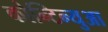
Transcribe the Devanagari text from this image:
कोन्टिन्युआ